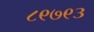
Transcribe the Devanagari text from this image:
८९७९३